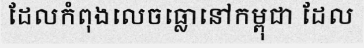
ដែលកំពុងលេចធ្លោនៅកម្ពុជា ដែល